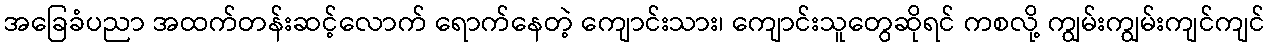
အခြေခံပညာ အထက်တန်းဆင့်လောက် ရောက်နေတဲ့ ကျောင်းသား၊ ကျောင်းသူတွေဆိုရင် ကစလို့ ကျွမ်းကျွမ်းကျင်ကျင်